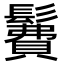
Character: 𩯃